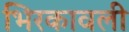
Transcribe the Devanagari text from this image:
भिरकावली